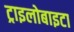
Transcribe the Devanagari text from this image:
ट्राइलोबाइटा